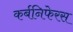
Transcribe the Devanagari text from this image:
कर्बनिफेरस